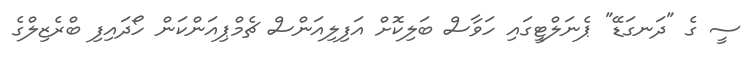
ސީ ގެ "ދަނގަޑޭ" ޕެނަލްޓީގައި ހަވާސް ބަލިކޮށް އަފިލިއަންސް ޗެމްޕިއަންކަން ހޯދައިފި ބްރެޒިލްގެ